Civil Veterinary Department Bihar reports 1936-40 - 1936-1940
Year: 1936
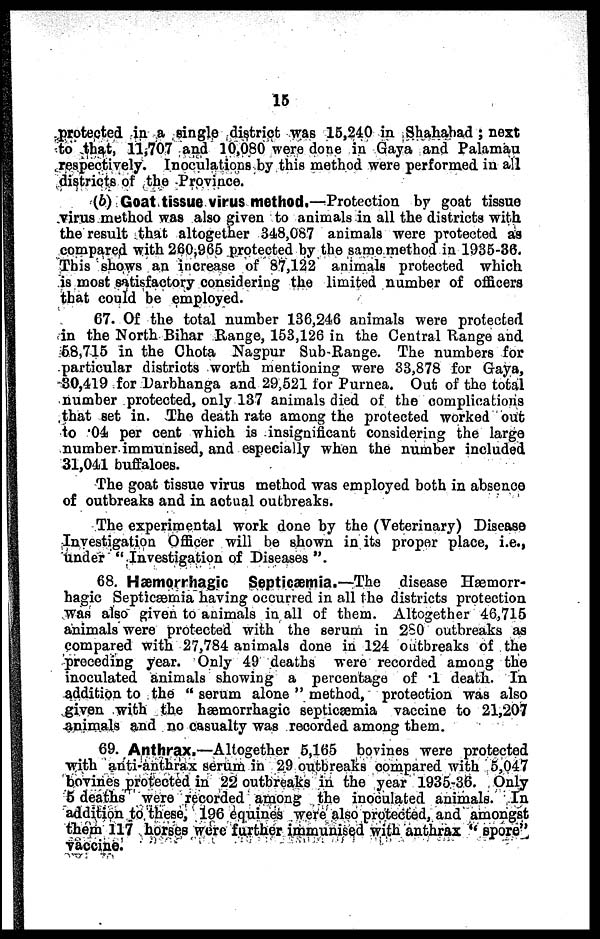
15
protected in a single district was 15,240 in Shahabad; next
to that, 11,707 and 10,080 were done in Gaya and Palamau
respectively. Inoculations by this method were performed in all
districts of the Province.
(b) Goat tissue virus method.—Protection by goat tissue
virus method was also given to animals in all the districts with
the result that altogether 348,087 animals were protected as
compared with 260,365 protected by the same method in 1035-36.
This shows an increase of 87,122 animals protected which
is most satisfactory considering the limited number of officers
that could be employed.
67. Of the total number 136,216 animals were protected
in the North Bihar Range, 153,126 in the Central Range and
68,715 in the Chota Nagpur Sub Range. The numbers for
particular districts worth mentioning were 33,878 for Gaya,
30,419 for Darbhanga and 20.521 for Purnea. Out of the total
number protected, only 137 animals died of the complications
that set in. The death rate among the protected worked out
to .04 per cent which is insignificant considering the largo
number immunised, and especially when the number included
31,011 buffaloes.
The goat tissue virus method was employed both in absence
of outbreaks and in actual outbreaks.
The experimental work done by the (Veterinary) Disease
Investigation Officer will be shown in its proper place, i.e.,
under "Investigation of Diseases".
68. Hæmorrhagic
Septicæmia.—The
disease Hæmorr-
hagic Septicæmia having occurred in all the districts protection
was also given to animals in all of them. Altogether 46,715
animals were protected with the serum in 280 outbreaks as
compared with 27,784 animals done in 121 Outbreaks of the
preceding year. Only 49 deaths were recorded among the
inoculated animals showing a percentage of 1 death. In
addition to the "serum alone" method, protection was also
given with the hæmorrhagic septicæmia vaccine to 21,207
animals and no casualty was recorded among them.
69. Anthrax.—Altogether 5,165 bovines were protected
with anti-anthrax serum in 29 outbreaks compared with 5,047
bovines protected in 22 outbreaks in the year 1935-30. Only
5 deaths were recorded among the inoculated animals. In
addition to these, 190 equines were also protected, and amongst
them 117 horses were further immunised with anthrax "spore''
vaccine.